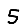
Digit: 5